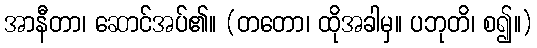
အာနီတာ၊ ဆောင်အပ်၏။ (တတော၊ ထိုအခါမှ။ ပဘုတိ၊ စ၍။)